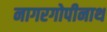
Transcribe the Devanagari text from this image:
नागरगोपीनाथ